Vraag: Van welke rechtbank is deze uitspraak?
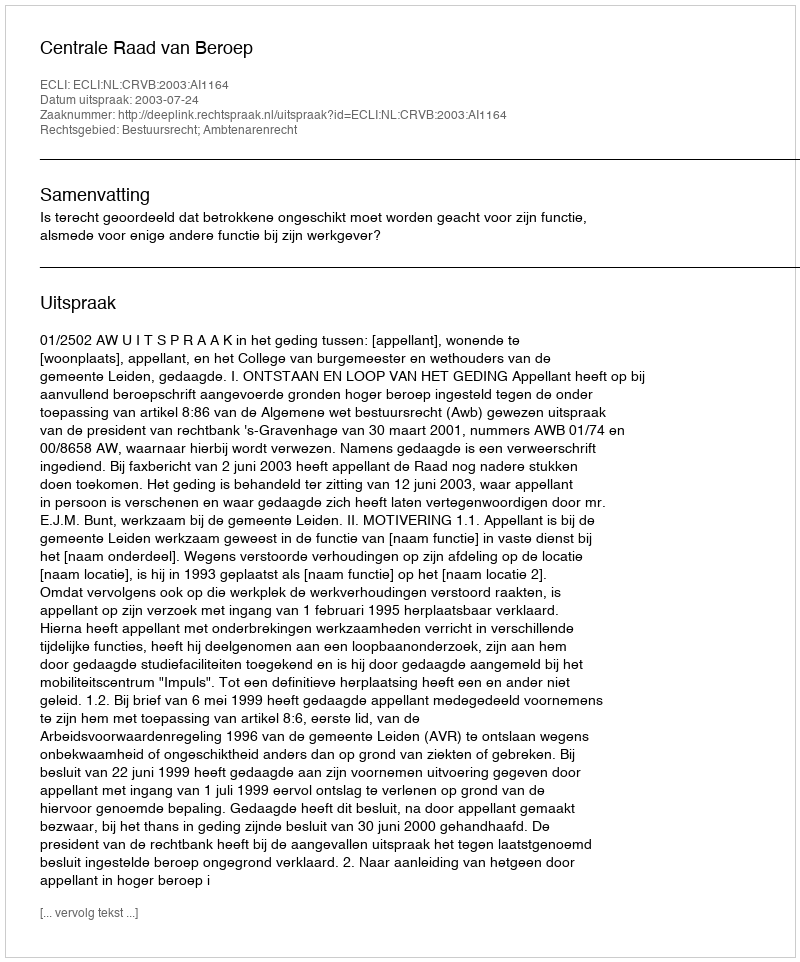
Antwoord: Centrale Raad van Beroep